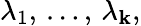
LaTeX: \lambda_{1},\, \ldots,\, \lambda_{\mathbf{k}},